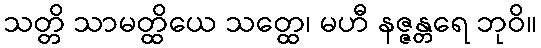
သတ္တိ သာမတ္ထိယေ သတ္ထေ၊ မဟီ နဇ္ဇန္တရေ ဘုဝိ။